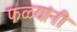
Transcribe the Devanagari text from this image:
फळ्यांनी